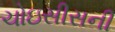
ચોઇસીસની